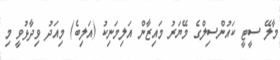
މާލޭ ސީޓީ ކައުންސިލްގެ މޭޔަރު މައިޒާން އަލިމަނިކު (އަލިބެ) މިއަދު ވިދާޅުވީ މި